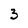
Character: 3